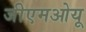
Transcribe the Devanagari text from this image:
जीएमओयू